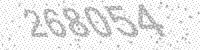
Solution: 268054